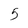
Character: 5